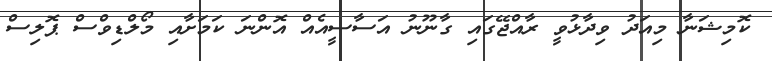
ކޮމިޝަނާ މިއަދު ވިދާޅުވީ ރާއްޖޭގައި ގާނޫނު އަސާސީއެއް އޮންނަ ކަމަށާއި މޯލްޑިވްސް ޕޮލިސް